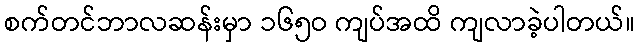
စက်တင်ဘာလဆန်းမှာ ၁၆၅ဝ ကျပ်အထိ ကျလာခဲ့ပါတယ်။